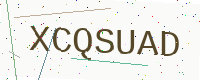
Text: XCQSUAD